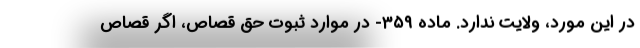
در این مورد، ولایت ندارد. ماده ۳۵۹- در موارد ثبوت حق قصاص، اگر قصاص